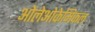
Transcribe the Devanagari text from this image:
ओलेओकेमिकल